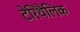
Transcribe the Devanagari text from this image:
टेरिथैलिक